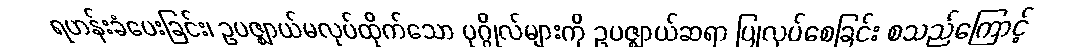
ရဟန်းခံပေးခြင်း၊ ဥပဇ္ဈာယ်မလုပ်ထိုက်သော ပုဂ္ဂိုလ်များကို ဥပဇ္ဈာယ်ဆရာ ပြုလုပ်စေခြင်း စသည်ကြောင့်